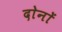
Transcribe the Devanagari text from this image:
दाेनाें